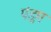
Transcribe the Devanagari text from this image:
पंडुम